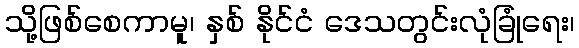
သို့ဖြစ်စေကာမူ၊ နှစ် နိုင်ငံ ဒေသတွင်းလုံခြုံရေး၊